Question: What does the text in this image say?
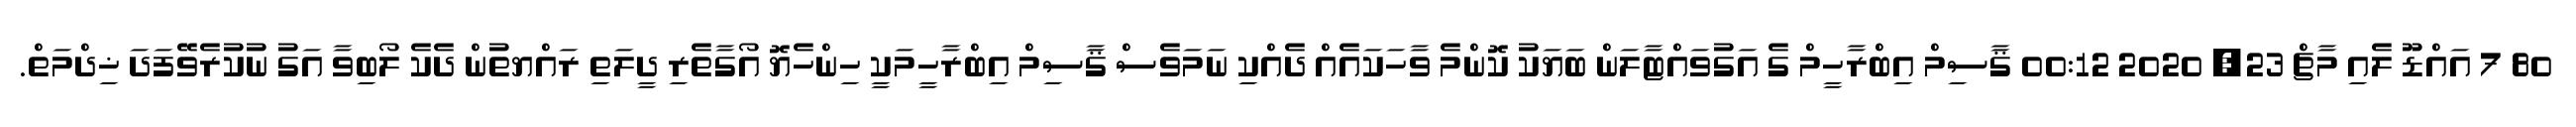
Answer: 80 7 އައްޑޫ ލެއި މާޗް 23, 2020 00:12 ޤާސިމް އިބްރާހީމް ގެ އަގުވައްޓާލަން ބަޔަކު ކޮންމެ ވާހަކައެއް ދެއްކި ނަމަވެސް ޤާސިމް އިބްރާހީމަކީ ހިންހެޔޮ އޯގާތެރި ދީލަތި ރައްޔތުން ދެކެ ލޯބިވާ އަގު ނުކުރެވޭފަދަ ޚިދްމަތް.